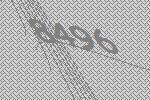
8496